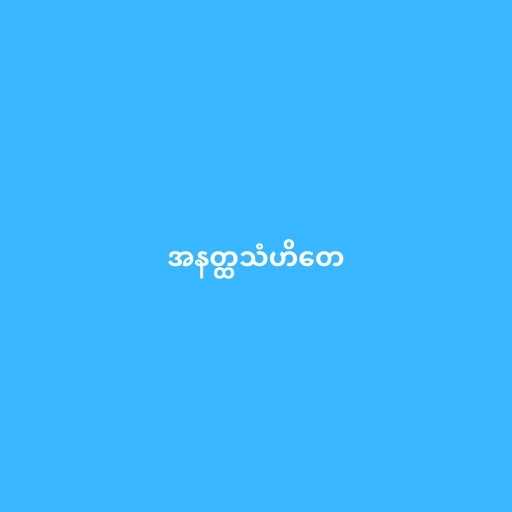
အနတ္ထသံဟိတေ